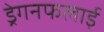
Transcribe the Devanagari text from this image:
ड्रेगनफलाई